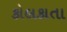
કોલકાતા